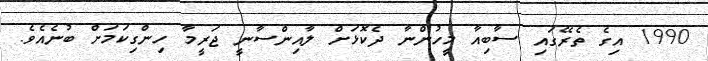
1990 އިގެ ތެރޭގައި ސާބިއާ މީހުންނާ ދެކޮޅަށް ލާއިންސާނީ ޖަރީމާ ހިންގިކަމަށް ބުނެއެވެ.